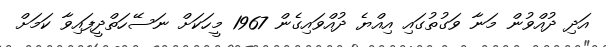
އަދި ދުއްވުން މަނާ ވަގުތުގައި އިއްޔެ ދުއްވައިގެން 1967 މީހަކަށް ނަސޭހަތްދީފައިވާ ކަމަށް